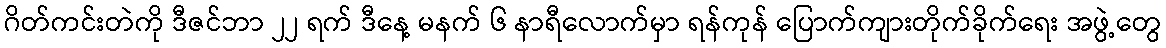
ဂိတ်ကင်းတဲကို ဒီဇင်ဘာ ၂၂ ရက် ဒီနေ့ မနက် ၆ နာရီလောက်မှာ ရန်ကုန် ပြောက်ကျားတိုက်ခိုက်ရေး အဖွဲ့တွေ